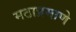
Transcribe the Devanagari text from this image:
मठाप्रमाणे